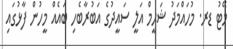
މޭޓު ޑރ. މުހައްމަދު ޝަހީމް އަލީ ސައީދުގެ އަބުރާބެހި ބައެއް މީހުން ފާޅުގައި